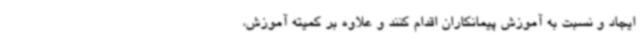
ایجاد و نسبت به آموزش پیمانکاران اقدام کنند و علاوه بر کمیته آموزش،